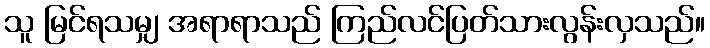
သူ မြင်ရသမျှ အရာရာသည် ကြည်လင်ပြတ်သားလွန်းလှသည်။